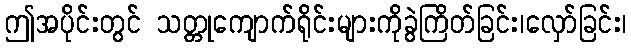
ဤအပိုင်းတွင် သတ္တုကျောက်ရိုင်းများကိုခွဲကြိတ်ခြင်း၊လှော်ခြင်း၊